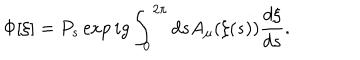
LaTeX: \Phi [ \xi ] = P _ { s } \exp i g \int _ { 0 } ^ { 2 \pi } d s A _ { \mu } ( \xi ( s ) ) \frac { d \xi } { d s } .